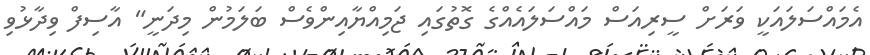
އެމައްސަލައަކީ ވަރަށް ސީރިއަސް މައްސަލައެއްގެ ގޮތުގައި ޖަމިއްޔާއިންވެސް ބަލަމުން މިދަނީ" އާސިފް ވިދާޅުވި